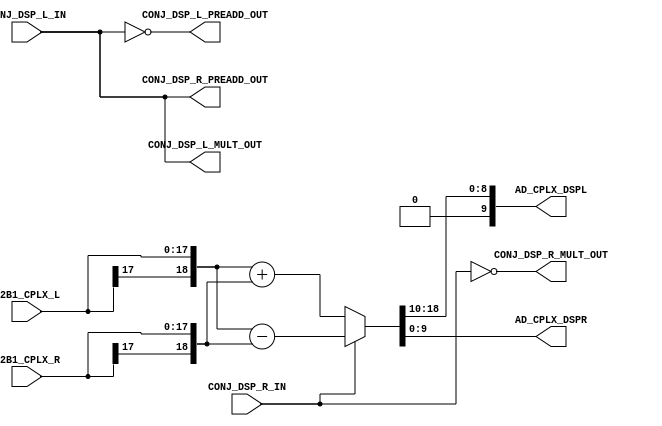
///////////////////////////////////////////////////////////////////////////////
//  Copyright (c) 1995/2018 Xilinx, Inc.
//  All Right Reserved.
///////////////////////////////////////////////////////////////////////////////
//   ____  ____
//  /   /\/   /
// /___/  \  /     Vendor      : Xilinx
// \   \   \/      Version     : 2018.1
//  \   \          Description : Xilinx Unified Simulation Library Component
//  /   /                        DSP_CPLX_STAGE0
// /___/   /\      Filename    : DSP_CPLX_STAGE0.v
// \   \  /  \
//  \___\/\___\
//
///////////////////////////////////////////////////////////////////////////////
//  Revision:
//  10/01/16 - Migrate from DSP48E2
//  End Revision:
///////////////////////////////////////////////////////////////////////////////

`timescale 1 ps / 1 ps

`celldefine

module DSP_CPLX_STAGE0
`ifdef XIL_TIMING
#(
  parameter LOC = "UNPLACED"
)
`endif
(
  output [9:0] AD_CPLX_DSPL,
  output [9:0] AD_CPLX_DSPR,
  output CONJ_DSP_L_MULT_OUT,
  output CONJ_DSP_L_PREADD_OUT,
  output CONJ_DSP_R_MULT_OUT,
  output CONJ_DSP_R_PREADD_OUT,

  input [17:0] B2B1_CPLX_L,
  input [17:0] B2B1_CPLX_R,
  input CONJ_DSP_L_IN,
  input CONJ_DSP_R_IN
);
  
// define constants
  localparam MODULE_NAME = "DSP_CPLX_STAGE0";

// begin behavioral model

wire [18:0] STAGE0_PREADD;

assign CONJ_DSP_L_MULT_OUT   =  CONJ_DSP_L_IN;
assign CONJ_DSP_R_MULT_OUT   = ~CONJ_DSP_R_IN;
assign CONJ_DSP_L_PREADD_OUT = ~CONJ_DSP_L_IN;
assign CONJ_DSP_R_PREADD_OUT =  CONJ_DSP_L_IN;

assign STAGE0_PREADD = CONJ_DSP_R_IN ?
                       {B2B1_CPLX_L[17], B2B1_CPLX_L} - {B2B1_CPLX_R[17], B2B1_CPLX_R} :
                       {B2B1_CPLX_L[17], B2B1_CPLX_L} + {B2B1_CPLX_R[17], B2B1_CPLX_R};

assign AD_CPLX_DSPL = {1'b0, STAGE0_PREADD[18:10]};
assign AD_CPLX_DSPR = STAGE0_PREADD[9:0];

// end behavioral model

`ifndef XIL_XECLIB
`ifdef XIL_TIMING
  specify
    (B2B1_CPLX_L *> AD_CPLX_DSPL) = (0:0:0, 0:0:0);
    (B2B1_CPLX_L *> AD_CPLX_DSPR) = (0:0:0, 0:0:0);
    (B2B1_CPLX_R *> AD_CPLX_DSPL) = (0:0:0, 0:0:0);
    (B2B1_CPLX_R *> AD_CPLX_DSPR) = (0:0:0, 0:0:0);
    (CONJ_DSP_L_IN => CONJ_DSP_L_MULT_OUT) = (0:0:0, 0:0:0);
    (CONJ_DSP_L_IN => CONJ_DSP_L_PREADD_OUT) = (0:0:0, 0:0:0);
    (CONJ_DSP_L_IN => CONJ_DSP_R_PREADD_OUT) = (0:0:0, 0:0:0);
    (CONJ_DSP_R_IN *> AD_CPLX_DSPL) = (0:0:0, 0:0:0);
    (CONJ_DSP_R_IN *> AD_CPLX_DSPR) = (0:0:0, 0:0:0);
    (CONJ_DSP_R_IN => CONJ_DSP_R_MULT_OUT) = (0:0:0, 0:0:0);
    specparam PATHPULSE$ = 0;
  endspecify
`endif
`endif
endmodule

`endcelldefine